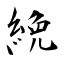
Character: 絻